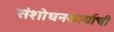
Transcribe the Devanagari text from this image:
संशोधनकार्याची